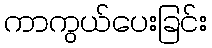
ကာကွယ်ပေးခြင်း